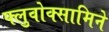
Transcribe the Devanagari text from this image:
फ्लुवोक्सामिने